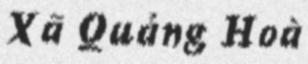
Xã Quảng Hoà